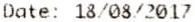
DATE: 18/08/2017